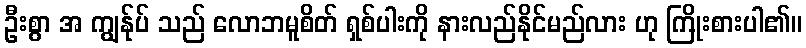
ဦးစွာ အ ကျွန်ုပ် သည် လောဘမူစိတ် ရှစ်ပါးကို နားလည်နိုင်မည်လား ဟု ကြိုးစားပါ၏။